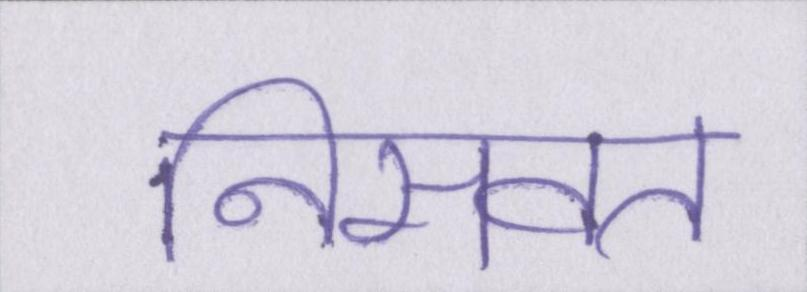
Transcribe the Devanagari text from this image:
निसवत